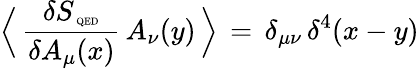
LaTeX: \Big\langle\, \frac{\delta S_{\mathrm{\tiny~QED}}}{\delta A_{\mu}(x)}\, A_{\nu}(y)\, \Big\rangle\, =\, \delta_{\mu\nu}\, \delta^{4}(x-y)